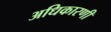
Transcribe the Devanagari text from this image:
अधिकारणी